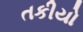
તકીયો